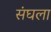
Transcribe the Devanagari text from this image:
संघला